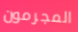
المجرمون